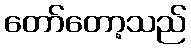
တော်တော့သည်